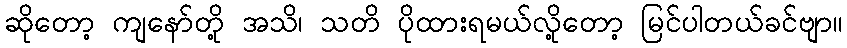
ဆိုတော့ ကျနော်တို့ အသိ၊ သတိ ပိုထားရမယ်လို့တော့ မြင်ပါတယ်ခင်ဗျာ။